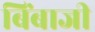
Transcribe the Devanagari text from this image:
बिंबाजी